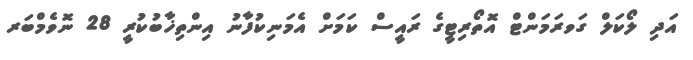
އަދި ލޯކަލް ގަވރަމަންޓް އޮތޯރިޓީގެ ރައީސް ކަމަށް އެމަނިކުފާނު އިންތިޚާބުކުރީ 28 ނޮވެމްބަރ